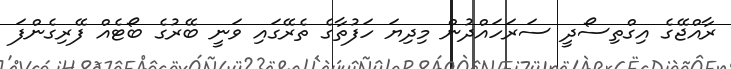
ރާއްޖޭގެ އިގްތިސޯދީ ސަރަހައްދުން މިދިޔަ ހަފުތާގެ ތެރޭގައި ވަނީ ބޭރުގެ ބޯޓެއް ފޭރިގެންފަ